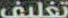
تغليف